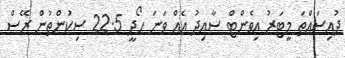
ދުއިސައްތަ މީޓަރު އިވެންޓް ސާއިދު އެއް ވަނަ ހޯދީ 22.5 ސިކުންތުން ރޭސް